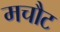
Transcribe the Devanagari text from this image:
मचौट